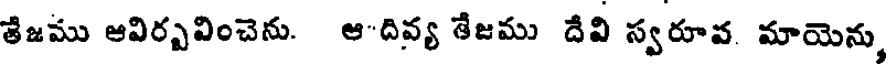
శ్రేజము ఆవిర్బవించెను. ఆ-దివ్య తేజము దేవి స్వరూవ. మాయెను,